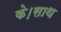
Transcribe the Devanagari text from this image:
के।साथ